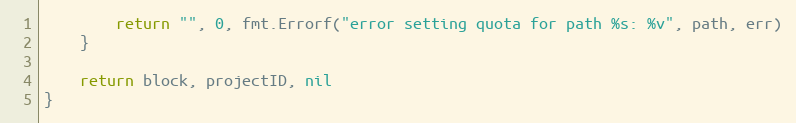
Language: Go
		return "", 0, fmt.Errorf("error setting quota for path %s: %v", path, err)
	}

	return block, projectID, nil
}